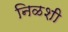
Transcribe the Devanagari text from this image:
निळशी